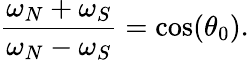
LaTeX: \frac{\omega_{N}+\omega_{S}}{\omega_{N}-\omega_{S}}=\cos(\theta_{0}).